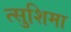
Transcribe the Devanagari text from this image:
त्सुशिमा